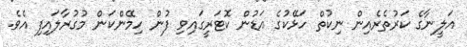
އަލީނާގެ ކަރުތެރެއިން ނިކުތް ހަޅޭކުގެ އަޑުން ކޮޓަރީގައިވި ފުން ހިމޭންކަން މުގުރާލައިފި އެވެ.